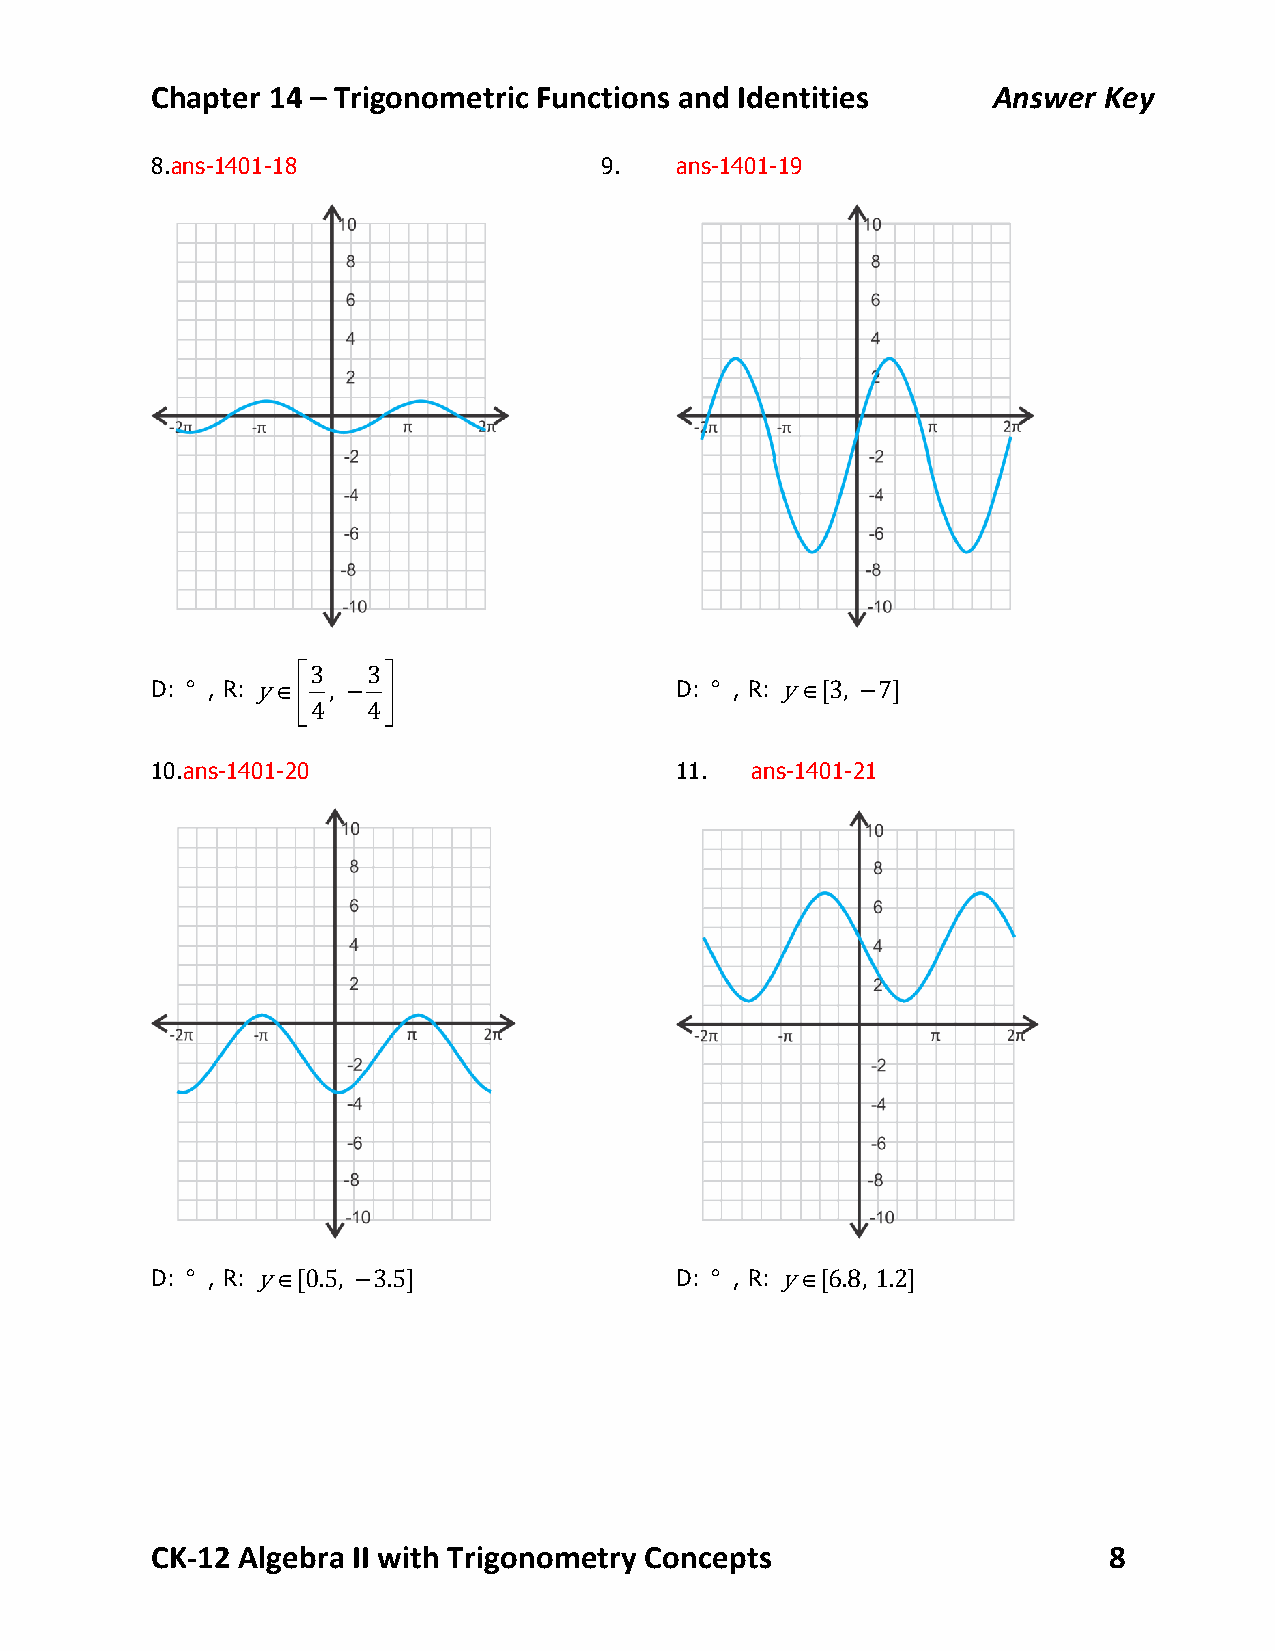
Chapter 14 – Trigonometric Functions and Identities     Answer Key
 8.ans-1401-18                 9.   ans-1401-19
 ⎡3  3⎤
 D: ° , R: y∈ , −                   D: ° , R: y∈[3, −7]
 ⎢    ⎥
 4  4
 ⎣    ⎦
 10.ans-1401-20                     11.  ans-1401-21
 D: ° , R: y∈[0.5, −3.5]            D: ° , R: y∈[6.8, 1.2]
 CK-­‐12 Algebra II with Trigonometry Concepts                  8